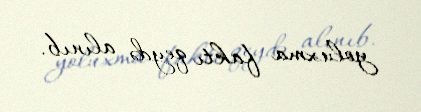
yoluxma faktı qeydə alınıb.